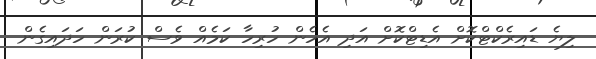
ލިޔެ ޑައިރެކްޓްކޮށް އެޑިޓްކޮށް އަދި އެހެން ހުރިހާ ކަމެއް ވެސް ކުރަން ހަދައިގެން